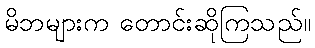
မိဘများက တောင်းဆိုကြသည်။